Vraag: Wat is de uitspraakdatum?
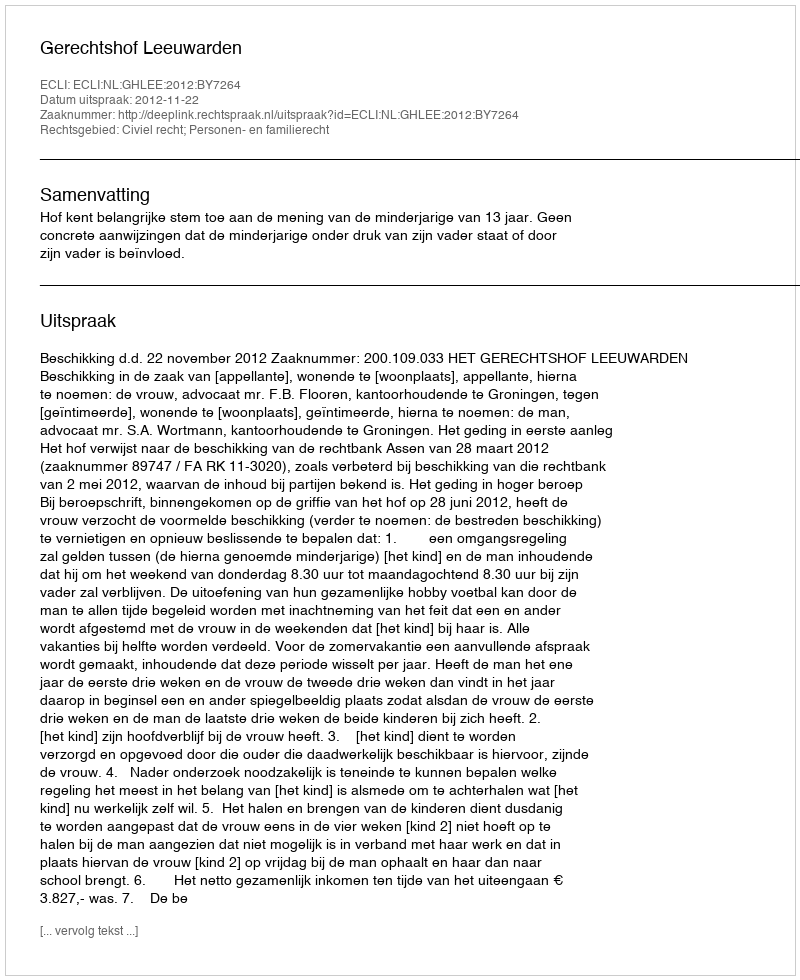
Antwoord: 2012-11-22